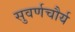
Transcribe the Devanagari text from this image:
सुवर्णचौर्य